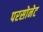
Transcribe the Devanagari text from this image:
परसोनेट